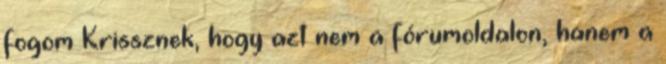
fogom Krissznek, hogy azt nem a fórumoldalon, hanem a